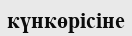
күнкөрісіне